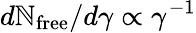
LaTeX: d\mathbb{N}_{\mathrm{{free}}}/d\gamma\propto\gamma^{-1}